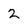
Character: 2